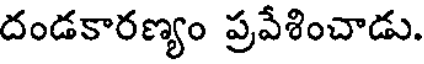
దండకారణ్యం ప్రవేశించాడు.